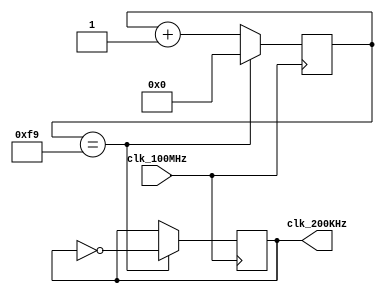
`timescale 1ns / 1ps

module clkgen_200KHz(
    input clk_100MHz,
    output clk_200KHz
    );
    
    // 100 x 10^6 / 200 x 10^3 / 2 = 250 <-- 8 bit counter
    reg [7:0] counter = 8'h00;
    reg clk_reg = 1'b1;
    
    always @(posedge clk_100MHz) begin
        if(counter == 249) begin
            counter <= 8'h00;
            clk_reg <= ~clk_reg;
        end
        else
            counter <= counter + 1;
    end
    
    assign clk_200KHz = clk_reg;
    
endmodule